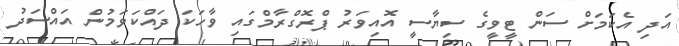
އަދި އެކަމަށް ސަން ޓީވީގެ ސިޔާސީ އޮއިވަރު ޕްރޮގްރާމްގައި ވާހަކަ ދައްކަވަމުން އައްސަދު